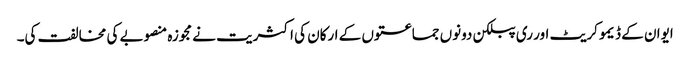
ایوان کے ڈیمو کریٹ اور ری پبلکن دونوں جماعتوں کے ارکان کی اکثریت نے مجوزہ منصوبے کی مخالفت کی۔